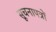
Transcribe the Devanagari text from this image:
सूचनापत्रों